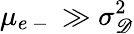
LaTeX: \mu_{e\mathrm{~-~}}\gg\sigma_{\mathscr D}^{2}